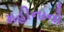
મહીનાનો